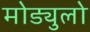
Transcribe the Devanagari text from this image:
मोड्युलो